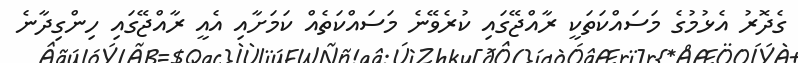
ގެދޮރު އެޅުމުގެ މަސައްކަތަކީ ރާއްޖޭގައި ކުރެވޭނެ މަސައްކަތެއް ކަމަށާއި އެއީ ރާއްޖޭގައި ހިންގިދާނެ